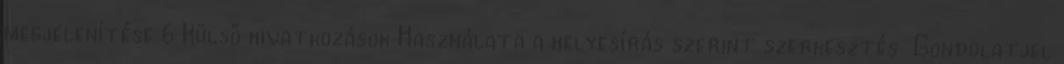
megjelenítése 6 Külső hivatkozások Használata a helyesírás szerint szerkesztés Gondolatjel